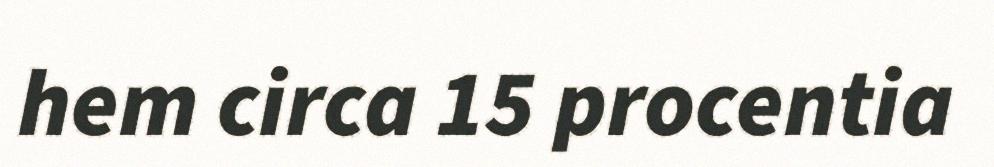
hem circa 15 procentia